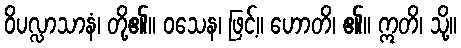
ဝိပလ္လာသာနံ၊ တို့၏။ ဝသေန၊ ဖြင့်။ ဟောတိ၊ ၏။ ဣတိ၊ သို့။